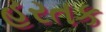
હરતક